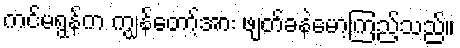
ကင်မရွန်က ကျွန်တော့်အား ဖျတ်ခနဲမော့ကြည့်သည်။